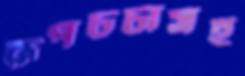
রূপচর্চাসহ